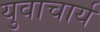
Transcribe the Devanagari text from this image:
युवाचार्य